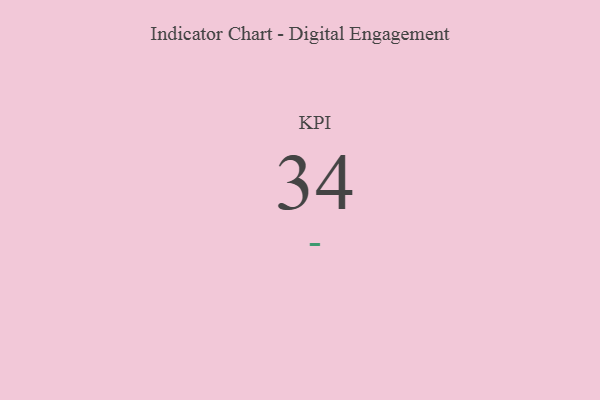
{"axis": {"x": "KPI", "y": "Value"}, "legend": [""], "data": [{"x": "KPI", "y": 34, "type": ""}]}